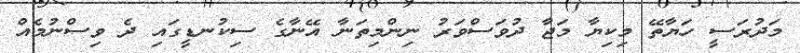
މަދުރަސީ ހަޔާތޭ މިކިޔާ މަޖާ ދުވަސްވަރު ނިންމިތަނާ އޭނާގެ ސިކުނޑީގައި ދެ ވިސްނުމެއް